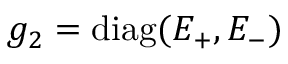
g _ { 2 } = \mathrm { d i a g } ( E _ { + } , E _ { - } )